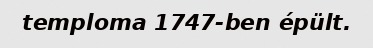
temploma 1747-ben épült.